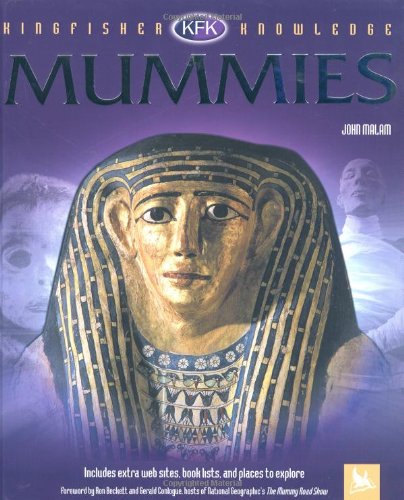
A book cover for Mummies (Kingfisher Knowledge); John Malam; Children's Books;